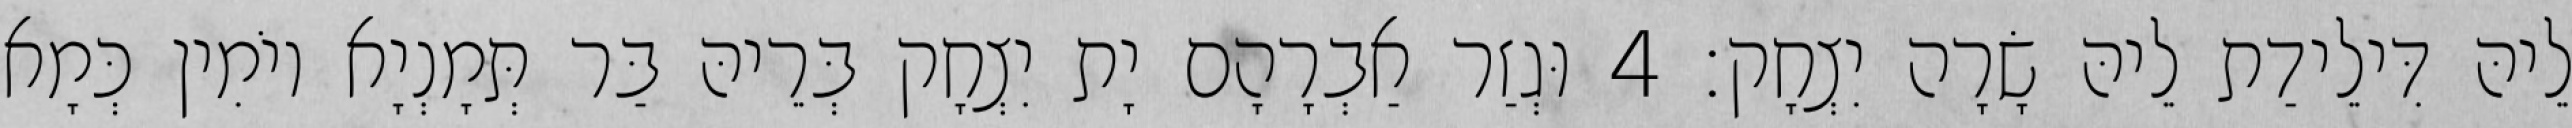
לֵיהּ דִּילֵידַת לֵיהּ שָׂרָה יִצְחָק׃ 4 וּגְזַר אַבְרָהָם יָת יִצְחָק בְּרֵיהּ בַּר תְּמָנְיָא יוֹמִין כְּמָא